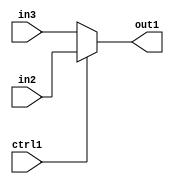
`timescale 1ps / 1ps
/*****************************************************************************
    Verilog RTL Description
    
    
    Created by: Stratus DpOpt 21.05.01 
*******************************************************************************/

module Filter_N_Mux_8_2_0_4 (
	in3,
	in2,
	ctrl1,
	out1
	); /* architecture "behavioural" */ 
input [7:0] in3,
	in2;
input  ctrl1;
output [7:0] out1;
wire [7:0] asc001;

reg [7:0] asc001_tmp_0;
assign asc001 = asc001_tmp_0;
always @ (ctrl1 or in2 or in3) begin
	case (ctrl1)
		1'B1 : asc001_tmp_0 = in2 ;
		default : asc001_tmp_0 = in3 ;
	endcase
end

assign out1 = asc001;
endmodule

/* CADENCE  uLP0Qws= : u9/ySxbfrwZIxEzHVQQV8Q== ** DO NOT EDIT THIS LINE ******/